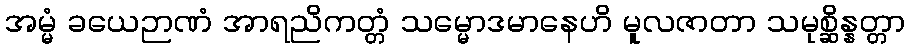
အမ္မံ ခယေဉာဏံ အာရညိကတ္တံ သမ္မောဒမာနေဟိ မူလဇာတာ သမုစ္ဆိန္နတ္တာ